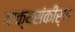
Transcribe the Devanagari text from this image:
वाक्यसंकीर्ण